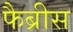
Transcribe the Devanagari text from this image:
फैब्रीस